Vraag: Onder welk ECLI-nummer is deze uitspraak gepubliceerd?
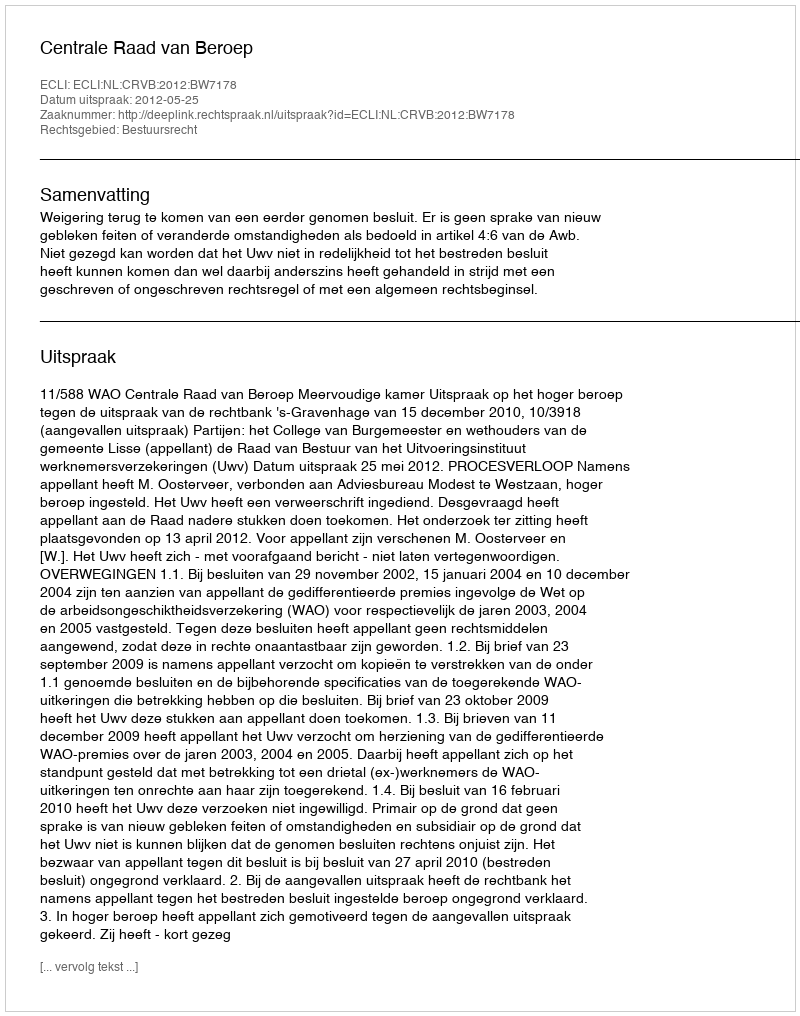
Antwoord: ECLI:NL:CRVB:2012:BW7178